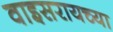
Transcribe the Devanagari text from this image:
वाइसरायच्या